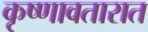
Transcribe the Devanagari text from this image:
कृष्णावतारात